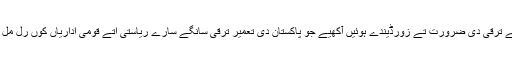
انہاں ملکی تعمیر تے ترقی دی ضرورت تے زورڈیندے ہوئیں آکھیے جو پاکستان دی تعمیر ترقی سانگے سارے ریاستی اتے قومی اداریاں کوں رل مل تے کم کرنڑ پوسی۔